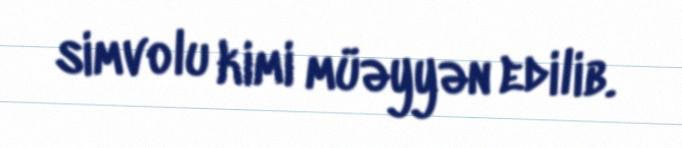
simvolu kimi müəyyən edilib.